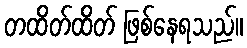
တထိတ်ထိတ် ဖြစ်နေရသည်။